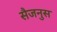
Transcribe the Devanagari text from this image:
सैजनुस